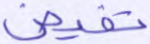
تفيض